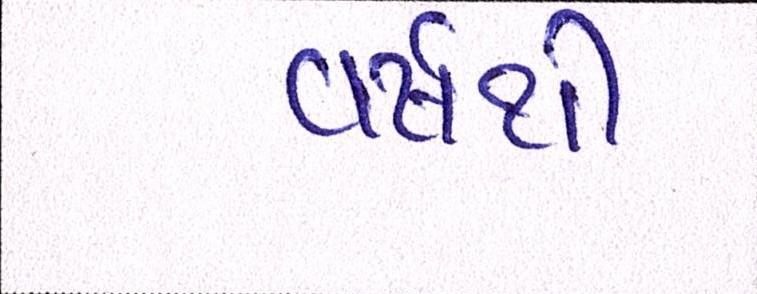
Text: વર્ષથી